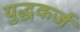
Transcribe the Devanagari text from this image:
युद्धकर्ज